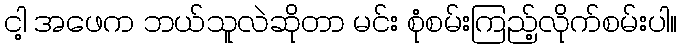
ငါ့ အဖေက ဘယ်သူလဲဆိုတာ မင်း စုံစမ်းကြည့်လိုက်စမ်းပါ။